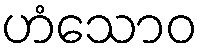
ဟံသောဝ